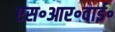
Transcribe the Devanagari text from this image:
एस॰आर॰वाई॰